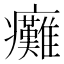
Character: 癱